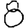
Digit: 8